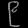
Digit: ၉